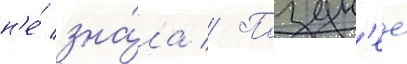
н'е́ зна́ла // Поздн'ее